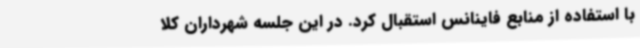
با استفاده از منابع فاینانس استقبال کرد. در این جلسه شهرداران کلا